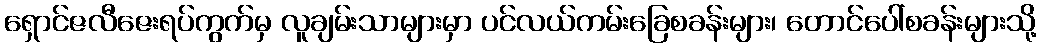
ရှောင်ဇလီဇေးရပ်ကွက်မှ လူချမ်းသာများမှာ ပင်လယ်ကမ်းခြေစခန်းများ၊ တောင်ပေါ်စခန်းများသို့